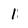
Character: 1